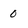
Character: 0